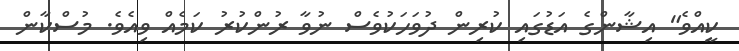
ކީއްވެ" އިޝާންގެ އަޑުގައި ކުރިން ދުވަހަކުވެސް ނުވާ ރުންކުރު ކަމެއް ވިއެވެ. މުސްކާން